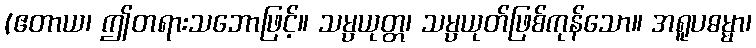
(ဧတာယ၊ ဤတရားသဘောဖြင့်။ သမ္ပယုတ္တ၊ သမ္ပယုတ်ဖြစ်ကုန်သော။ အရူပဓမ္မာ၊